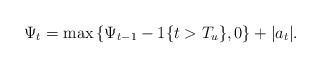
LaTeX: \begin{align*}\Psi_t = \max \left \{ \Psi_{t-1} - 1\{t > T_u\}, 0 \right \} + |a_t|.\end{align*}